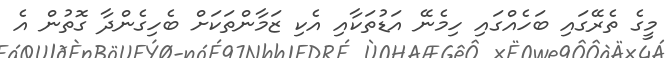
މީގެ ތެރޭގައި ބަހެއްގައި ހިމެނޭ އަޑުތަކާއި އެކި ޒަމާންތަކަށް ބެހިގެންދާ ގޮތުން އެ